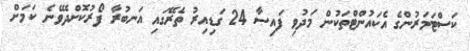
ކަސްޓަމަރުންގެ އެކައުންޓްތަކުން މަދުވި ފައިސާ 24 ގަޑިއިރު ތެރޭގައި އަނބުރާ ފޯރުކޮށްދެވޭނެ ކަމަށް